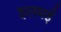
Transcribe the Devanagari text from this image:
इलमई